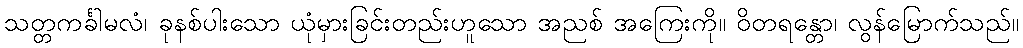
သတ္တကင်္ခါမလံ၊ ခုနစ်ပါးသော ယုံမှားခြင်းတည်းဟူသော အညစ် အကြေးကို။ ဝိတရန္တော၊ လွန်မြောက်သည်။